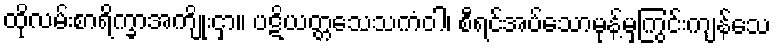
ထိုလမ်းစာရိက္ခာအကျိုးငှာ။ ပဋိယတ္တသေသကံဝါ၊ စီရင်အပ်သောမုန့်မှကြွင်းကျန်သေ